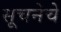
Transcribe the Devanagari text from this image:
सूचनेचे